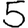
Digit: 5